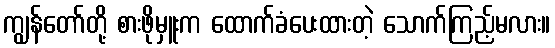
ကျွန်တော်တို့ စားဖိုမှူးက ထောက်ခံပေးထားတဲ့ သောက်ကြည့်မလား။